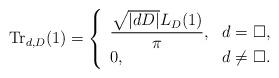
LaTeX: \begin{align*}\mathrm{Tr}_{d,D}(1) = \left\{\begin{array}{ll}\dfrac{\sqrt{|dD|} L_D(1)}{\pi}, & d = \square,\\0, & d \neq \square.\end{array} \right.\end{align*}